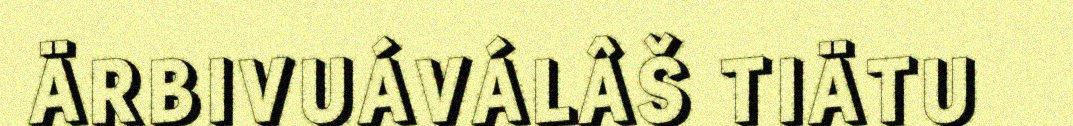
ÄRBIVUÁVÁLÂŠ TIÄTU